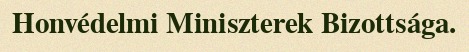
Honvédelmi Miniszterek Bizottsága.